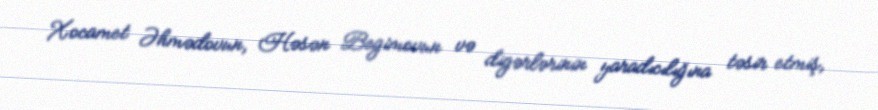
Xocamet Əhmədovun, Həsən Begimovun və digərlərinin yaradıcılığına təsir etmiş,